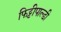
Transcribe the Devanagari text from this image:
फिट्टीपाल्डी